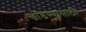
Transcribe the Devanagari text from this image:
खांडण्यासाठी